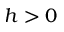
h > 0